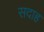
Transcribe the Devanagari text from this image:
सदाह